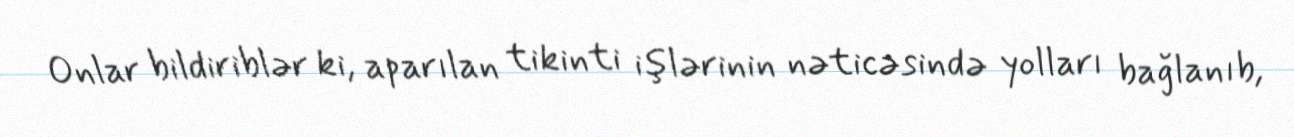
Onlar bildiriblər ki, aparılan tikinti işlərinin nəticəsində yolları bağlanıb,